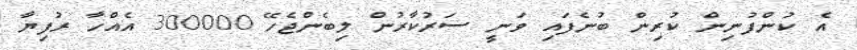
އެ ކުންފުނިން ކުރިން ބުނެފައި ވަނީ ސަރުކާރުން ލިބެންޖެހޭ 300000 އެއްހާ ރުފިޔާ